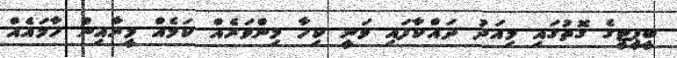
ބީޕީޓީގެ ގޮތުގައި މިއަދު ދައްކާފައި ވަނީ ކިހާ މިންވަރެއް ކަމެއް މީރާއިން ހާމައެއް